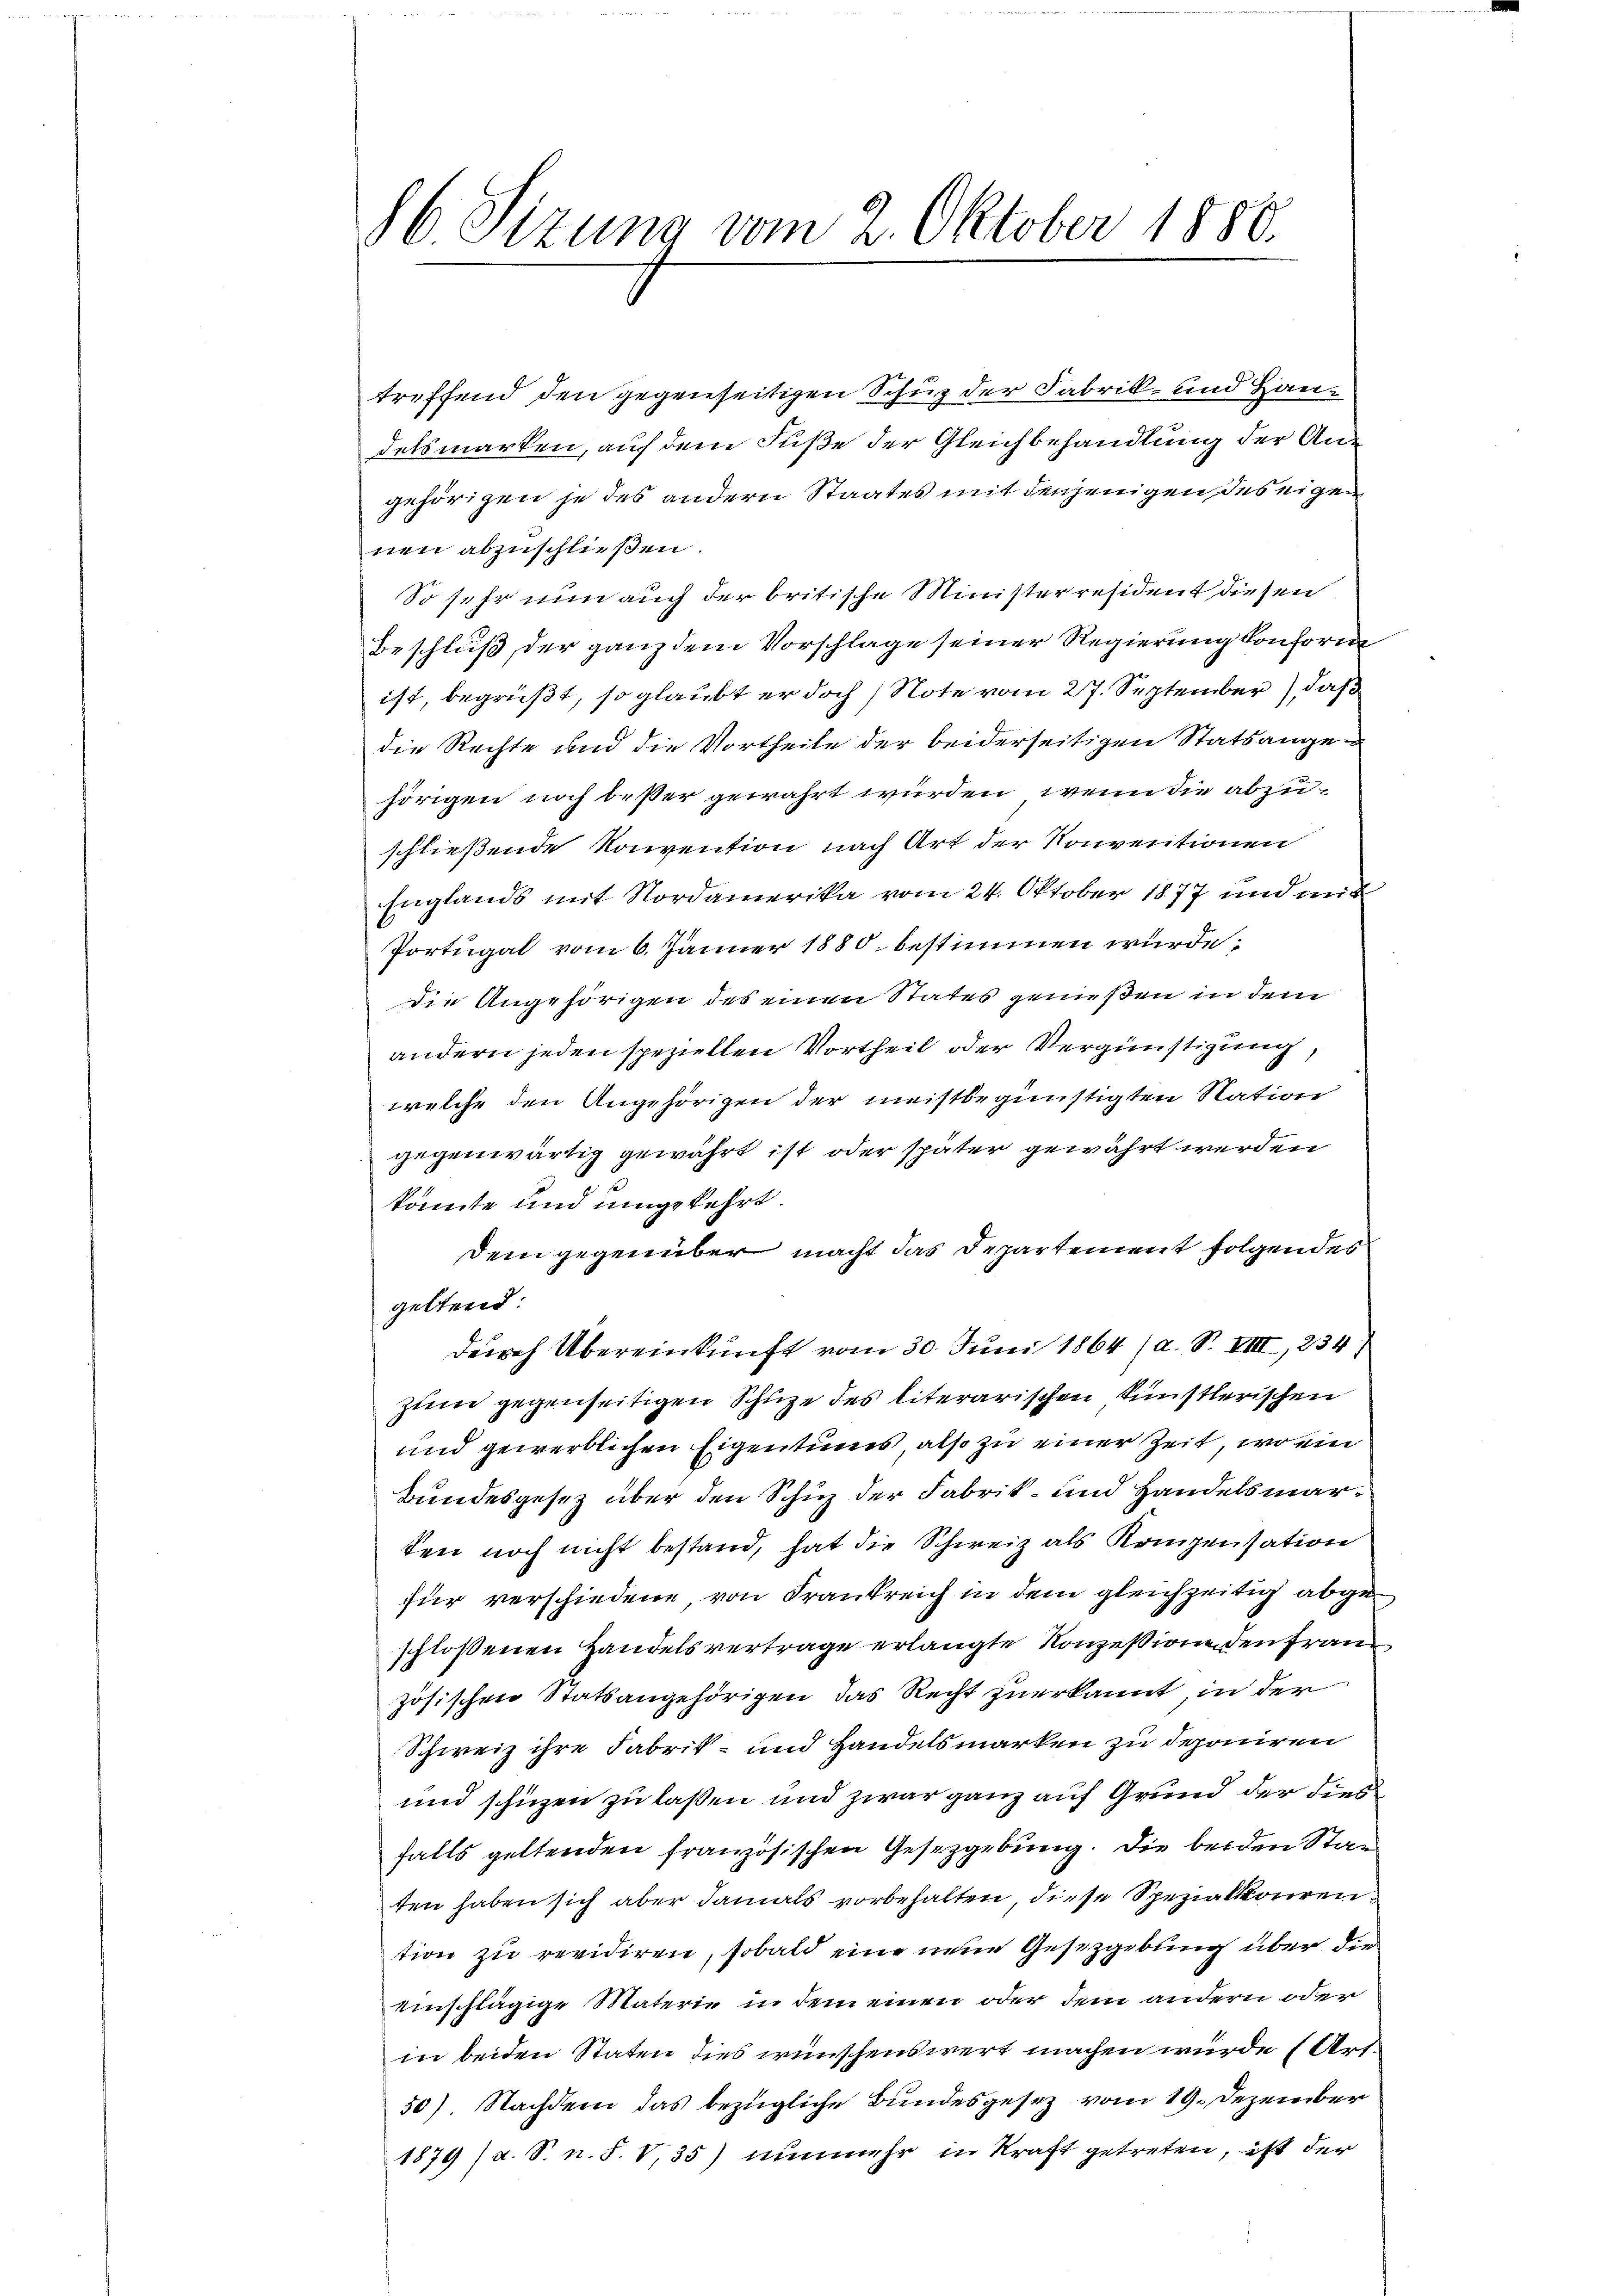
86 Sizung vom 2. Oktober 1888.

treffend den gegenseitigen Schuz der Fabrik- und Handelsmarken, auf dem Fuße der Gleichbehandlung der Angehörigen je des andern Staates mit denjenigen des eigen
nen abzuschließen.
So sehr nun auch der britische Ministerresident diesen
Beschluß der ganz dem Vorschlage seiner Regierung konform
ist, begrüßt, so glaubt er doch (Note vom 27. September), daß
die Rechte und die Vortheile der beiderseitigen Statsangen
hörigen noch beßer gewährt wurden, wenn die abzuschließende Konvention nach Art der Konventionen
Englands mit Nordamerika vom 24. Oktober 1877 und mit
Portugal vom 6. Jänner 1880 bestimmen würde;
die Angehörigen des einen Status genießen in dem
andern jeden speziellen Vortheil oder Vergünstigung,
welche den Angehörigen der meistbegünstigten Nation
gegenwärtig gewährt ist oder später gewährt werden
könnte und umgekehrt.
Dem gegenüber macht das Departement folgendes
geltend:
dŭrch Übereinkunft vom 30. Juni 1864 (a. S. VIII, 254
zum gegenseitigen Schuze des literarischen künstlerischen
und gewerblichen Eigentums, also zu einer Zeit, wo ein
Bundesgesez über den Schuz der Fabrik- und Handelsmarten noch nicht bestand, hat die Schweiz als Kompensation
für verschiedene, von Frankreich in dem gleichzeitig abgeschlossenen Handelsvertrage erlangte Konzessione den Franz
zösischen Statsangehörigen das Recht zuerkannt, in der
Schweiz ihre Fabrik- und Handelsmarken zu deponiren
und schüzen zu laßen und zwar ganz auf Grund der dies
falls geltenden französischen Gesetzgebung. Die beiden Staten haben sich aber damals vorbehalten diese Spezialkonrention zu revidiren, sobald eine neue Gesetzgebung über die
einschlägige Materie in dem einen oder dem andern oder
in beiden Staten dies wünschenswert machen wurde (Art.
50). Nachdem das bezügliche Bundesgesez vom 19. Dezember
1879 (a. S. n. F. V,35) nunmehr in Kraft getreten, ift der